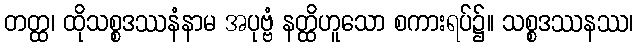
တတ္ထ၊ ထိုသစ္စဒဿနံနာမ အပုဗ္ဗံ နတ္ထိဟူသော စကားရပ်၌။ သစ္စဒဿနဿ၊